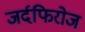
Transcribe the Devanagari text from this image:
जर्दफिरोज